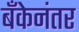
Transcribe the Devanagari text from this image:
बँकेनंतर